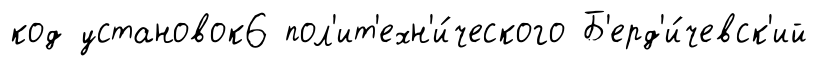
код установок6 пол'ит'ехн'и́ческого Б'ерд'и́чевск'ий